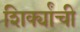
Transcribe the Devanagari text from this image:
शिर्क्यांची